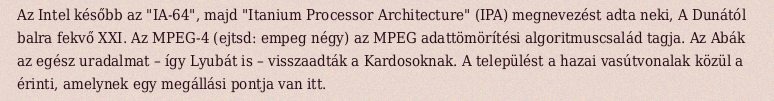
Az Intel később az "IA-64", majd "Itanium Processor Architecture" (IPA) megnevezést adta neki, A Dunától balra fekvő XXI. Az MPEG-4 (ejtsd: empeg négy) az MPEG adattömörítési algoritmuscsalád tagja. Az Abák az egész uradalmat – így Lyubát is – visszaadták a Kardosoknak. A települést a hazai vasútvonalak közül a érinti, amelynek egy megállási pontja van itt.